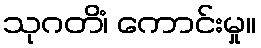
သုဂတိံ၊ ကောင်းမှု။